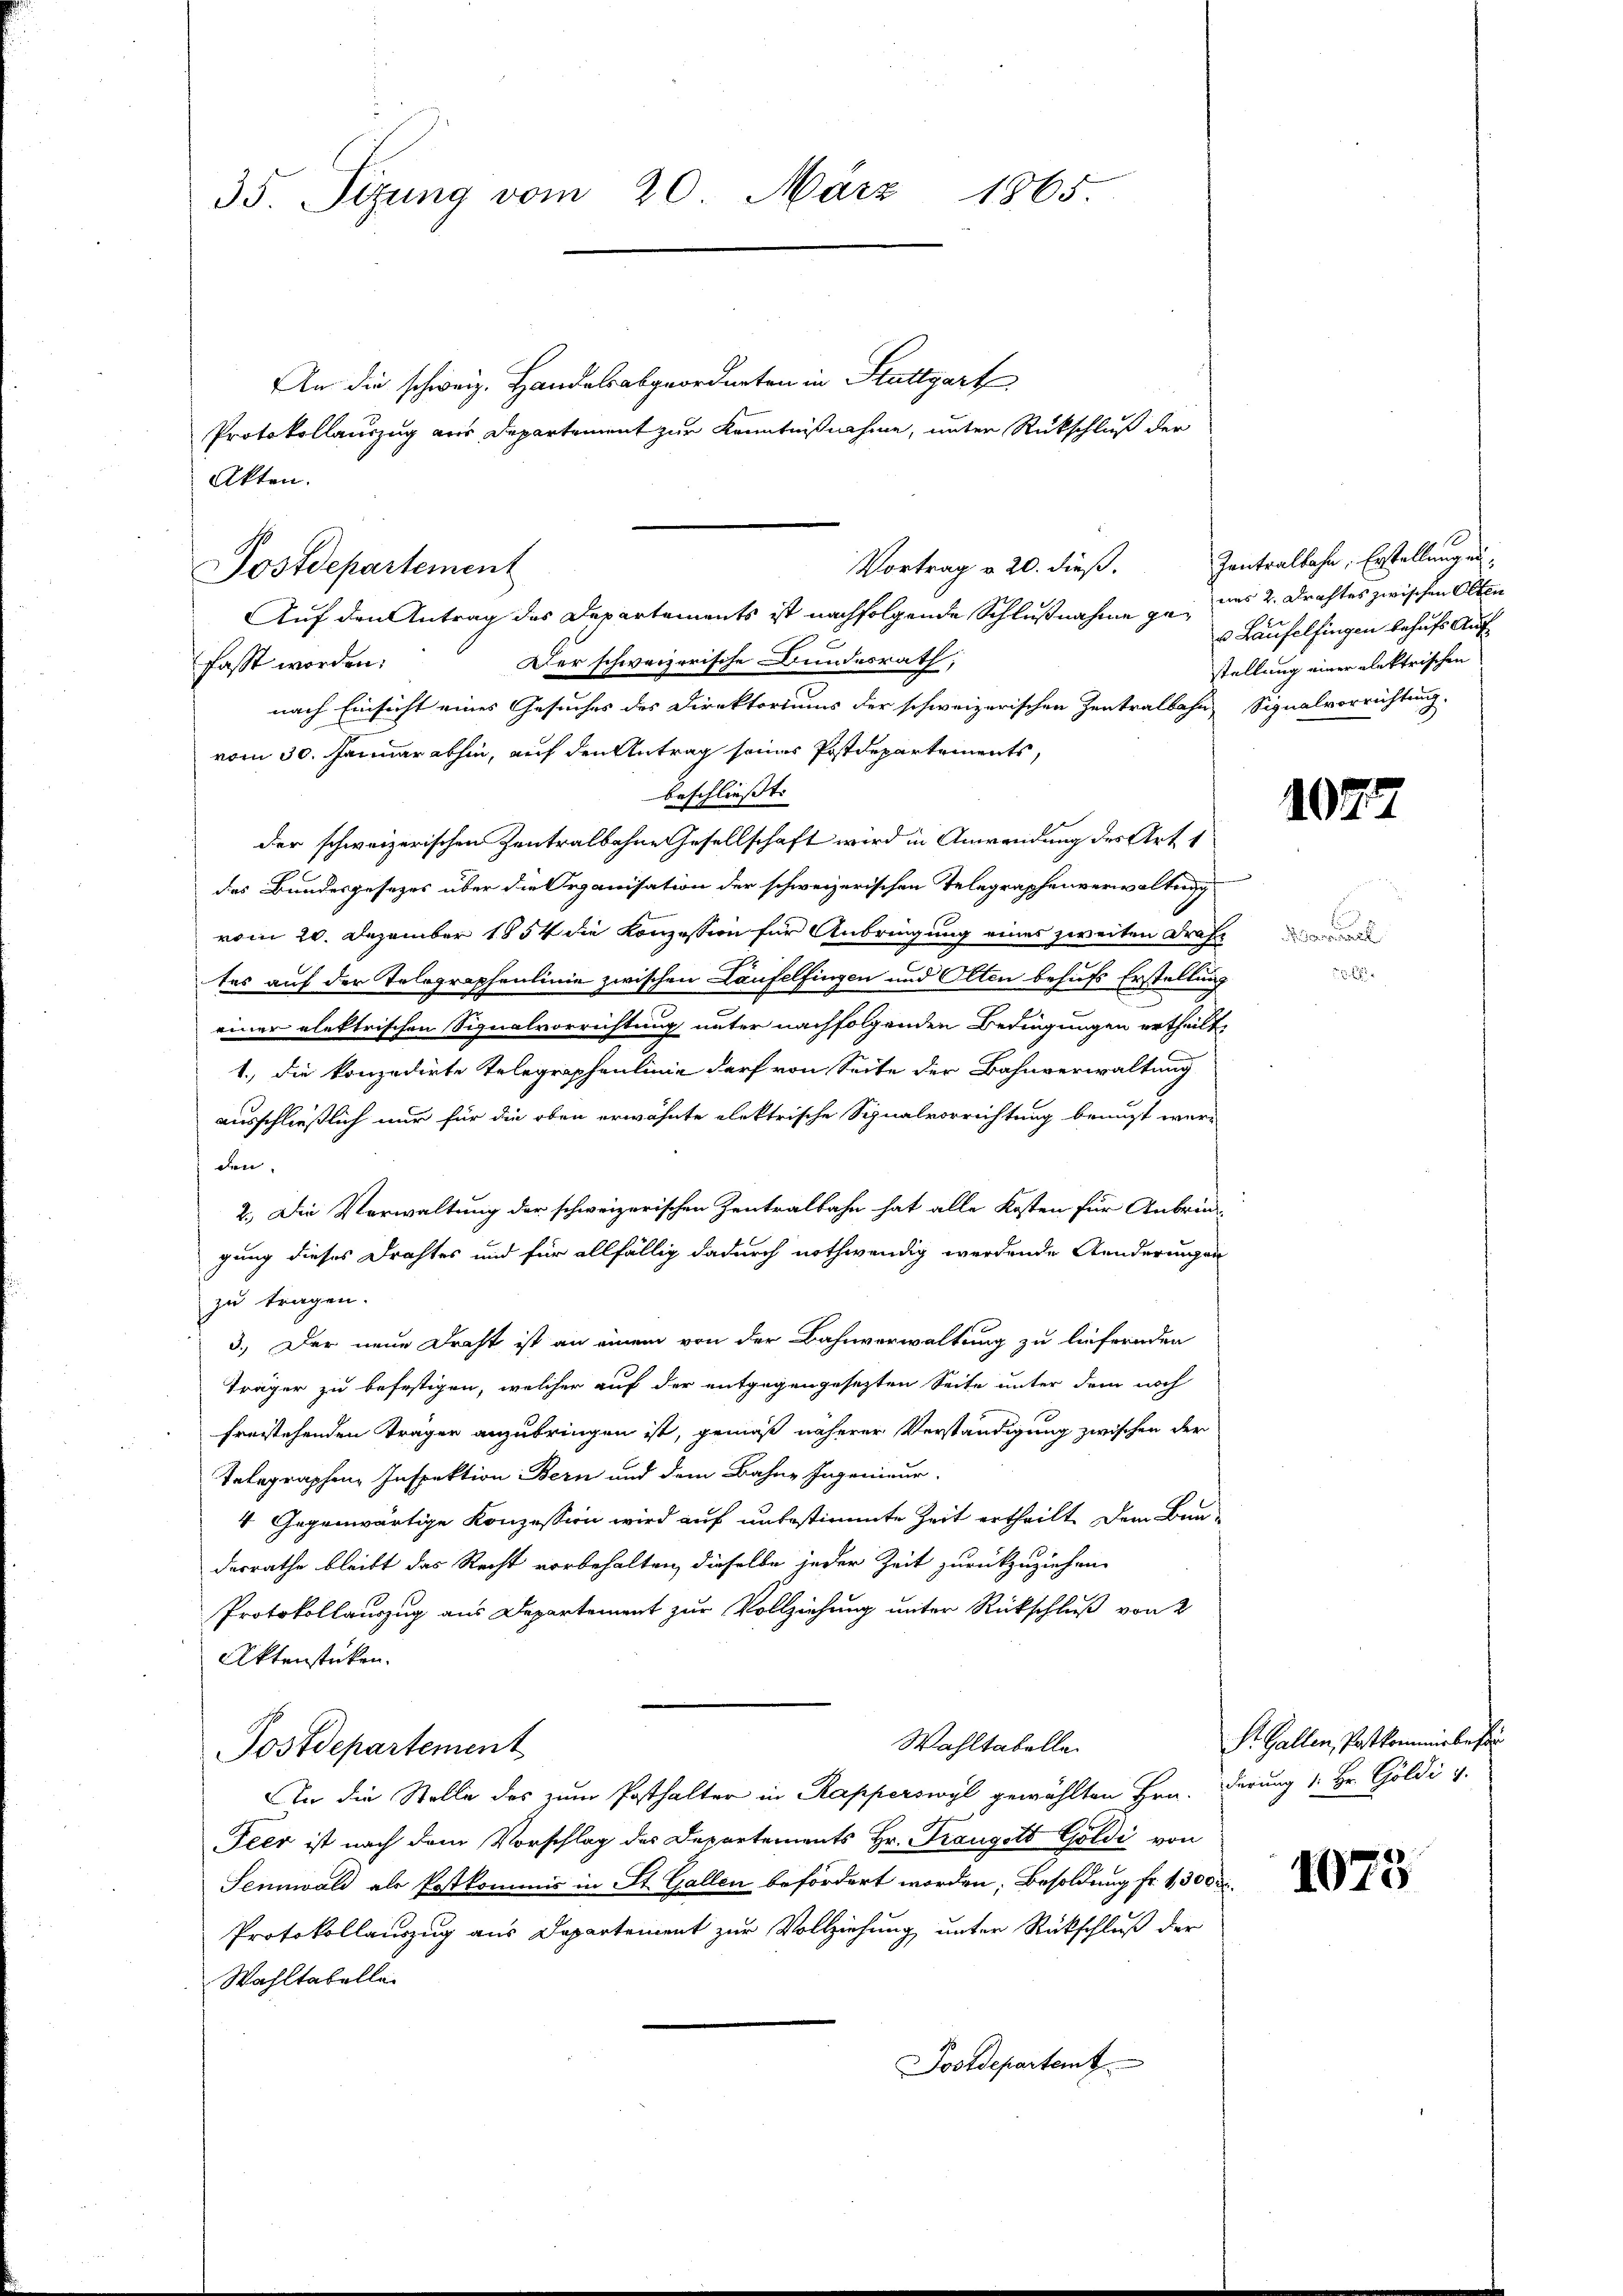
35. Sizung vom 20. März 1865.

An die schweiz. Handelsabgeordneten in Stuttgart
Protokollauszug aus Departement zur Kenntnißnahme, unter Rückschluß der
Akten.
Auf den Antrag des Departements ist nachfolgende Schlußnahme ge- des 2. Drahtes zwischen Olten
Der schweizerische Bundesrath,
fasst worden.
nach Einsicht eines Gesuches des Direktoriums der schweizerischen Zentralbahn Signalvorrichtung,
vom 30. Januar abhin, auf den Antrag seines Postdepartements,
beschließt:
der schweizerischen Zentralbahne Gesellschaft wird in Anwendung des Art 1
des Bundesgesezes über die Organisation der schweizerischen Telegraphenverwaltung
vom 20. Dezember 1854 die Konzession für Anbringung eines zweiten Draftes auf der Telegraphenlinie zwischen Laufelfingen und Olten behufs Erstellung
einer elektrischen Signalvorrichtung unter nachfolgenden Bedingungen ertheilt.
1., die konzedirte Telegraphenlinie darf von Seite der Bahnverwaltung
ausschließlich nur für die oben erwähnte elektrische Signalvorrichtung benuzt werden.
2.) Die Verwaltung der schweizerischen Zentralbahn hat alle Kosten für Anbrin
gung dieses Drahtes und für allfällig dadurch nothwendig werdende Aenderungen
zu tragen.
3.) Der neue Draht ist an einem von der Bahnverwaltung zu liefernden
Träger zu befestigen, welcher auf der entgegengesezten Seite unter dem noch
freistehenden Träger anzubringen ist, gemäß näherer Verständigung zwischen der
Telegraphen Inspektion Bern und dem Bahne Ingenieur-
4 Gegenwärtige Konzession wird auf unbestimmte Zeit ertheilt. Dem Bau-
derrathe bleibt das Recht vorbehalten, dieselbe jeder Zeit zurückzuziehen.
Protokollauszug aus Departement zur Vollziehung unter Rückschluß von 2
Aktenstücken.
Wahltabelle.
Postdepartement
An die Stelle des zum Posthalter in Rapperswyl gewählten Hrn. Derung 1. Hr. Goldi v.
Peer ist nach dem Vorschlag des Departements Hr. Prangst Goldi von
Sennwald als Postkommis in St. Gallen befördert worden, Besoldung fr. 13000.
Protokollauszug aus Departement zur Vollziehung unter Rückschluß der
Wahltabelle
Postdepartemt

Postdepartement

Vortrag v. 20. dieß.

Zantralbahn, Erstellungen:
u Laufelfingen behufs Aufstellung einer elektrischen

407.

d. Gener

S. Gallen, Postkommerbeser

1073